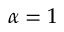
\alpha = 1